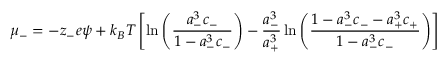
\mu _ { - } = - z _ { - } e \psi + k _ { B } T \left[ \ln \left( { \frac { a _ { - } ^ { 3 } c _ { - } } { 1 - a _ { - } ^ { 3 } c _ { - } } } \right) - \frac { a _ { - } ^ { 3 } } { a _ { + } ^ { 3 } } \ln \left( { \frac { 1 - a _ { - } ^ { 3 } c _ { - } - a _ { + } ^ { 3 } c _ { + } } { 1 - a _ { - } ^ { 3 } c _ { - } } } \right) \right]